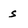
Character: s